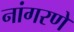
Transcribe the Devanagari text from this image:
नांगरणे